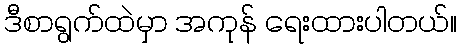
ဒီစာရွက်ထဲမှာ အကုန် ရေးထားပါတယ်။